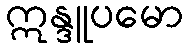
ဣန္ဒူပမော